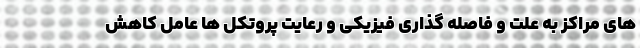
های مراکز به علت و فاصله گذاری فیزیکی و رعایت پروتکل ها عامل کاهش